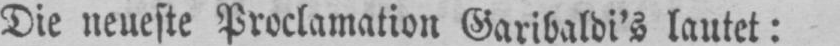
Die neueste Proclamation Garibaldi’s lautet: